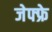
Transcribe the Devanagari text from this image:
जेफ्फ्रे